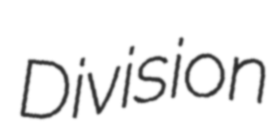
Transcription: Division